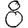
Digit: 8